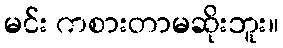
မင်း ကစားတာမဆိုးဘူး။